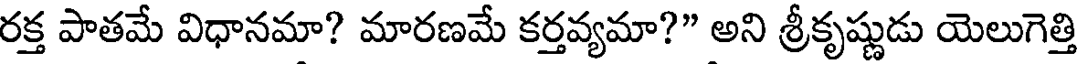
రక్త పాతమే విధానమా? మారణమే కర్తవ్యమా?" అని శ్రీకృష్ణుడు యెలుగెత్తి